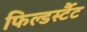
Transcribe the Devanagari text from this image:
फिल्डर्स्टैट